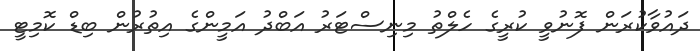
ދައުވާކުރަން ފޮނުވީ ކުރީގެ ހެލްތު މިނިސްޓަރު އަބްދު އަމީންގެ އިތުރުން ބިޑް ކޮމިޓީ